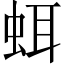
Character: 𧊗